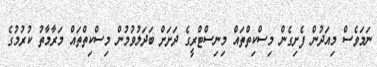
ނަމަވެސް މިއަދުން ފެށިގެން މިސްކިތްތައް މިނިސްޓްރީގެ ދަށަށް ބަދަލުވުމުން މިސްކިތްތައް މަރާމާތު ކުރުމުގެ